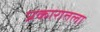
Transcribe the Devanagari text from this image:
प्रकारातला